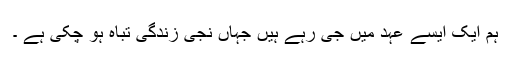
ہم ایک ایسے عہد میں جی رہے ہیں جہاں نجی زندگی تباہ ہو چکی ہے ۔